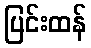
ပြင်းထန်